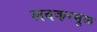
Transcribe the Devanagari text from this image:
लवकरमूळ